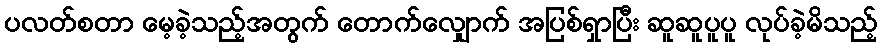
ပလတ်စတာ မေ့ခဲ့သည့်အတွက် တောက်လျှောက် အပြစ်ရှာပြီး ဆူဆူပူပူ လုပ်ခဲ့မိသည့်